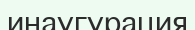
инаугурация